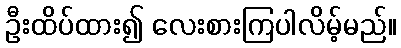
ဦးထိပ်ထား၍ လေးစားကြပါလိမ့်မည်။